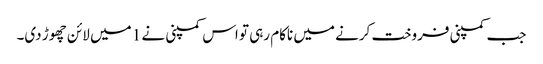
جب کمپنی فروخت کرنے میں ناکام رہی تو اس کمپنی نے 1 میں لائن چھوڑ دی۔